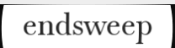
endsweep